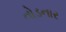
તોડનાર